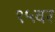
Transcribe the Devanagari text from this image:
१५वर